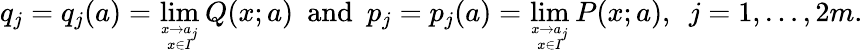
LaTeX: q_{j}=q_{j}(a)=\operatorname*{lim}_{x\rightarrow a_{j}\atop x\in I}Q(x;a)\ \ \mathrm{and}\ \ p_{j}=p_{j}(a)=\operatorname*{lim}_{x\rightarrow a_{j}\atop x\in I}P(x;a),\ \ j=1,\ldots,2m.